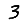
Digit: 3